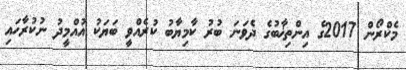
މެކްރޯން 2017ގެ އިންތިޚާބުގެ ދެވަނަ ބުރު ކާމިޔާބު ކުރެއްވީ ބަޔަކު އުއްމީދު ނުކުރާހައި